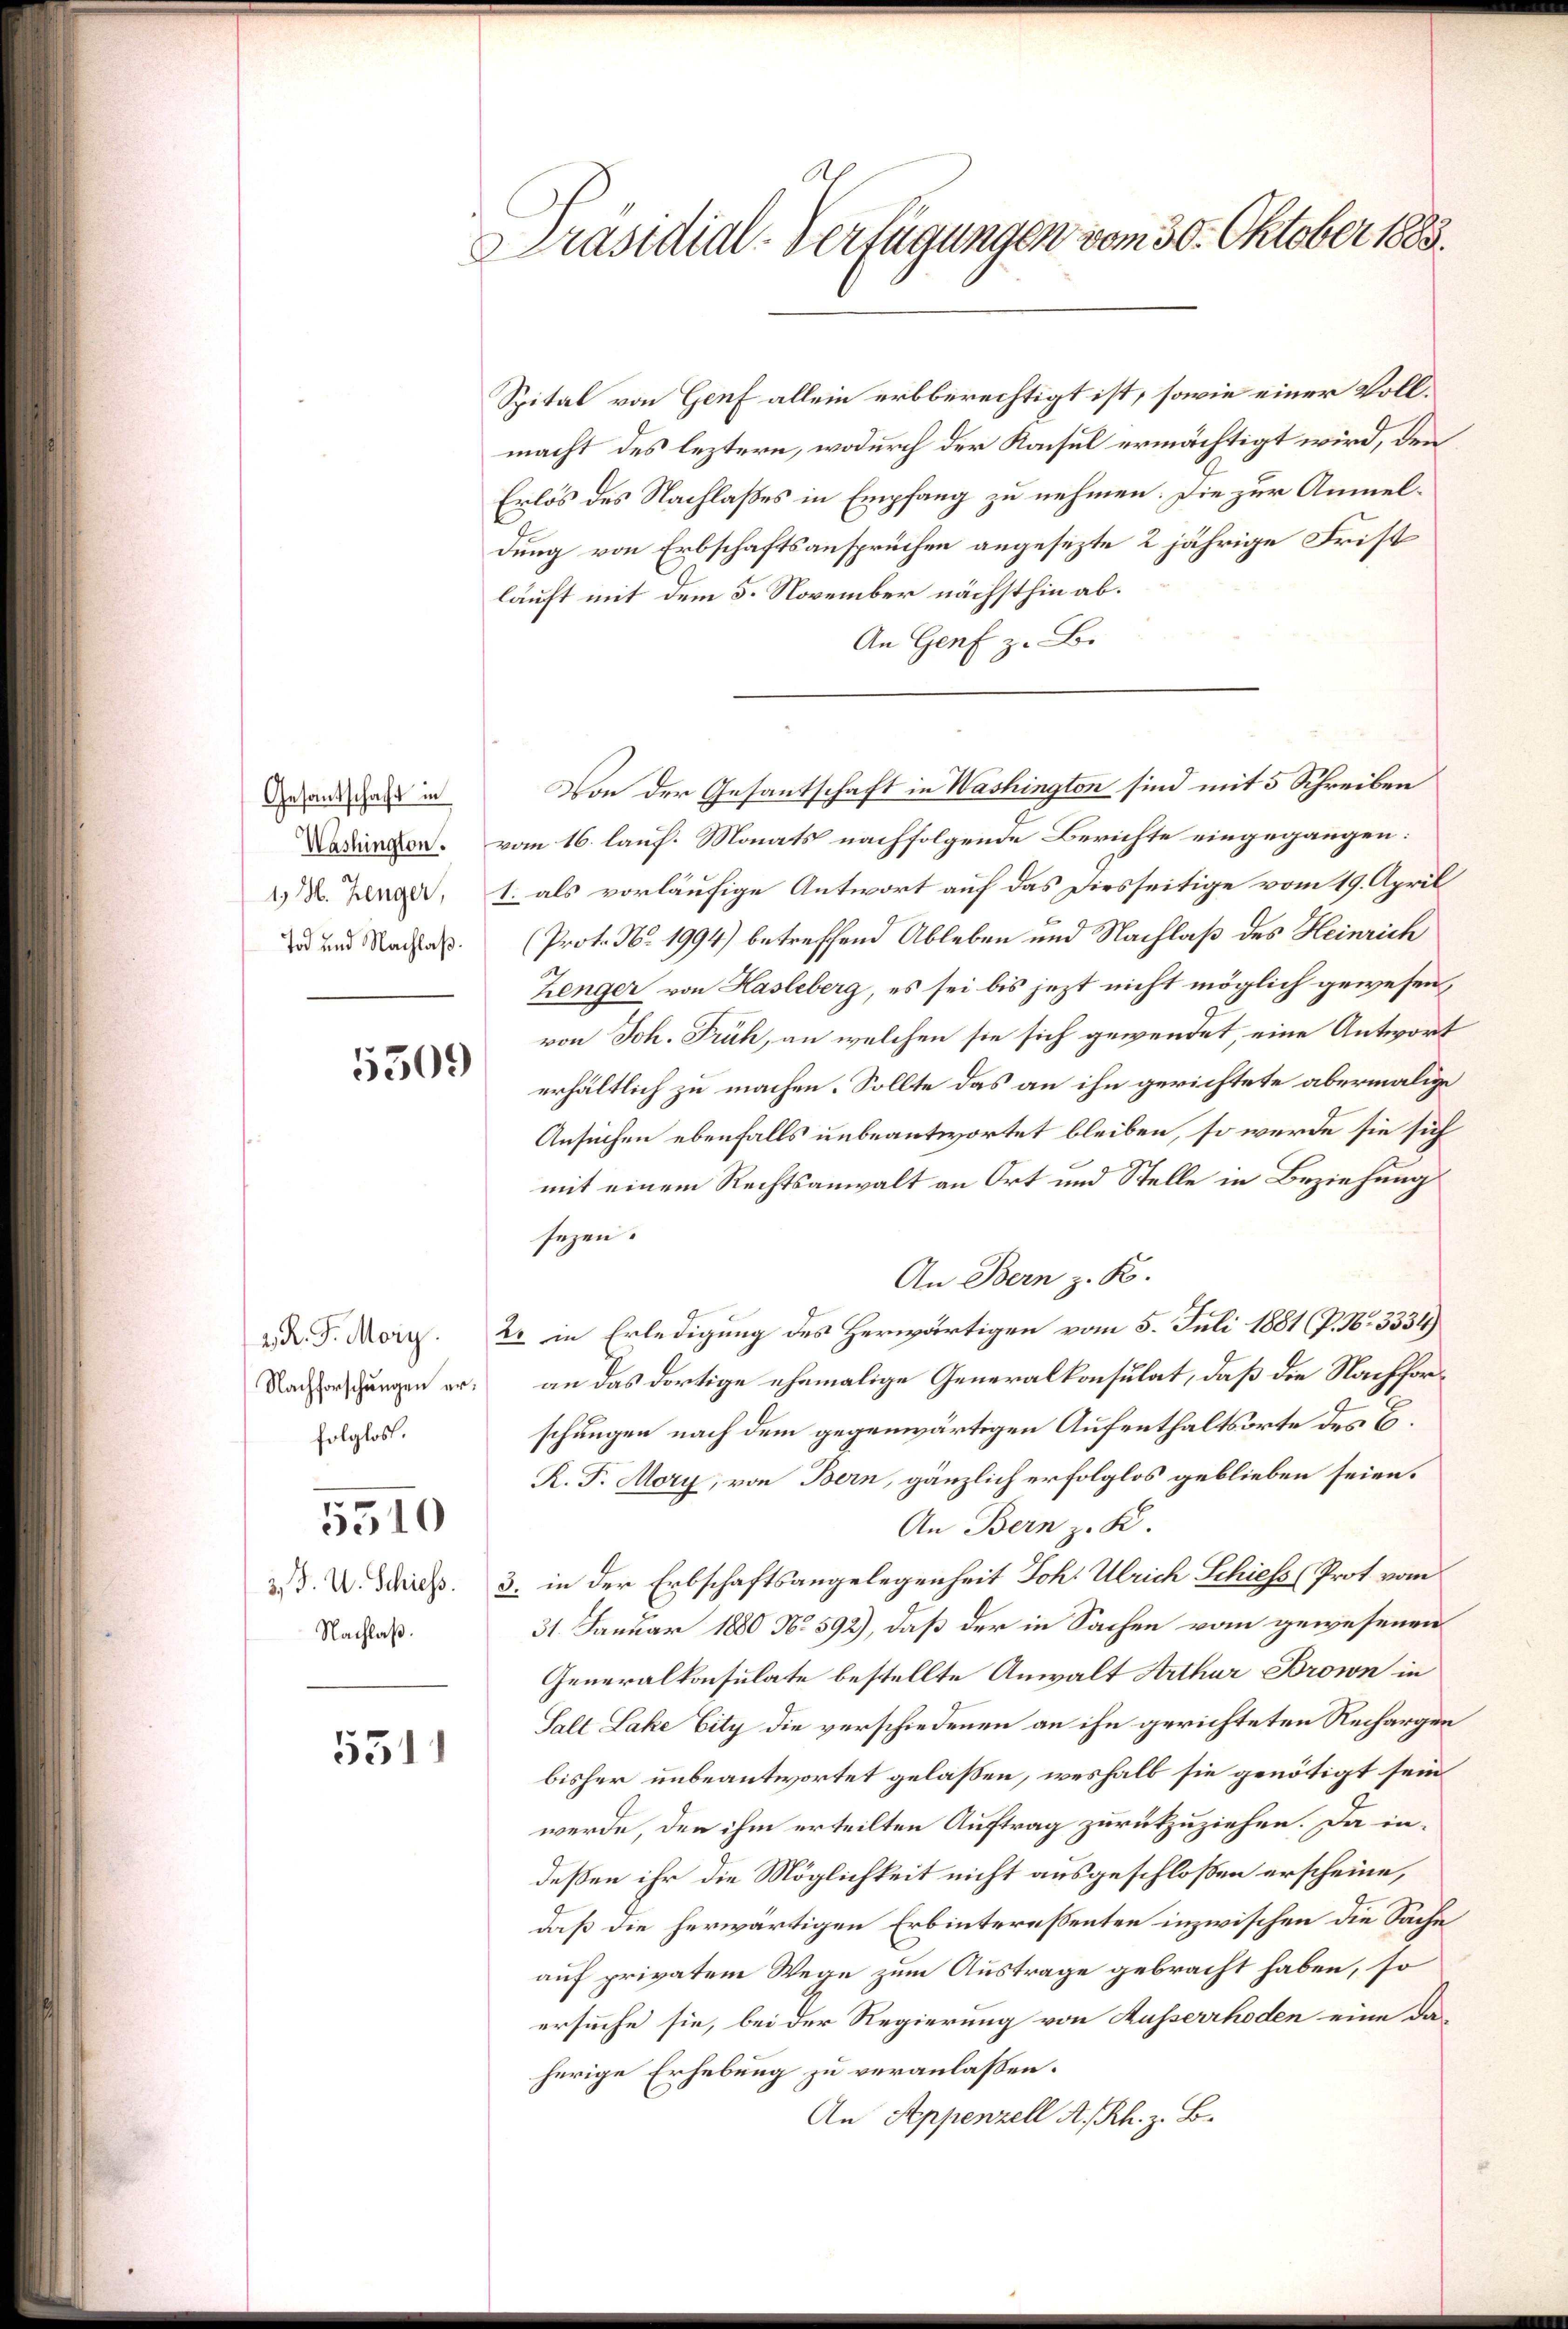
Gesantschaft in
Tod und Nachlaß.

530.

Spital von Genf allein erbberechtigt ist, sowie einer Vollmacht des leztern, wodurch der Konsul ermächtigt wird, den
Erlös des Nachlaßes in Empfang zu nehmen. Die zur Anmeldung von Erbschaftsansprüchen angesezte 2 jährige Frist
läuft mit dem 5. November nächsthin ab.
An Genf z. B.
Von der Gesantschaft in Washington sind mit 5 Schreiben
Dadron. vom 16. lauf. Monats nachfolgende Berichte eingegangen:
2 M. Zinger, 1. als vorläufige Antwort auf das Diesseitige vom 19. April
(Prot. No. 1994) betreffend Ableben und Nachlaß des Heinrich
Zenger von Hasleberg, es sei bis jezt nicht möglich gewesen,
von Joh. Früh, an welchen sie sich gewendet, eine Antwort
erhältlich zu machen. Sollte das an ihn gerichtete abermalige
Ansuchen ebenfalls unbeantwortet bleiben, so werde sie sich
mit einem Rechtsanwalt an Ort und Stelle in Beziehung
sezen.
An Bern z. R.
. d. J. Mor. 2. in Erledigung des Herwärtigen vom 5. Juli 1881 (P. Nr. 3334
an das dortige ehemalige Generalkonsulat, daß die Nachforschungen nach dem gegenwärtigen Aufenthaltsorte des B.
R. F. Mory, von Bern, gänzlich erfolglos geblieben seien.
An Bern z. K.
2. d. V. Disp. 3. in der Erbschaftsangelegenheit Joh. Ulrich Schiess (Prot. vom
31. Januar 1880 No 592), daß der in Sachen vom gewesenen
Generalkonsulate bestellte Anwalt Arthur Brown in
Salt Lake Vity die verschiedenen an ihn gerichteten Rechargen
bisher unbeantwortet gelassen, weshalb sie genötigt sein
werde, den ihm erteilten Auftrag zurückzuziehen. Da indeßen ihr die Möglichkeit nicht ausgeschloßen erscheine,
daß die herwärtigen Erbintereßenten inzwischen die Sache
auf privatem Wege zum Austrage gebracht haben, so
ersuche sie, bei der Regierung von Kusserrhoden eine daherige Erhebung zu veranlaßen.
An Appenzell A. Rh. z. B.

Nachforschungen erfolglos.
5310
Nachlaß.

531)

At
Präsidial-Verfügungen vom 30. Oktober 1883.